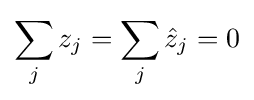
\sum _{j}z_{j}=\sum _{j}{\hat {z}}_{j}=0